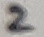
Text: 2